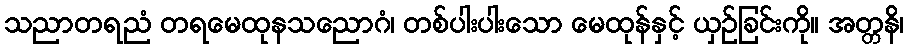
သညာတရညံ တရမေထုနသညောဂံ၊ တစ်ပါးပါးသော မေထုန်နှင့် ယှဉ်ခြင်းကို။ အတ္တနိ၊